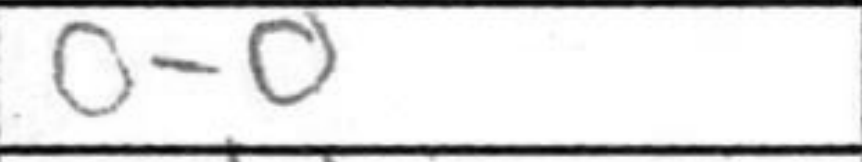
Transcription: O-O